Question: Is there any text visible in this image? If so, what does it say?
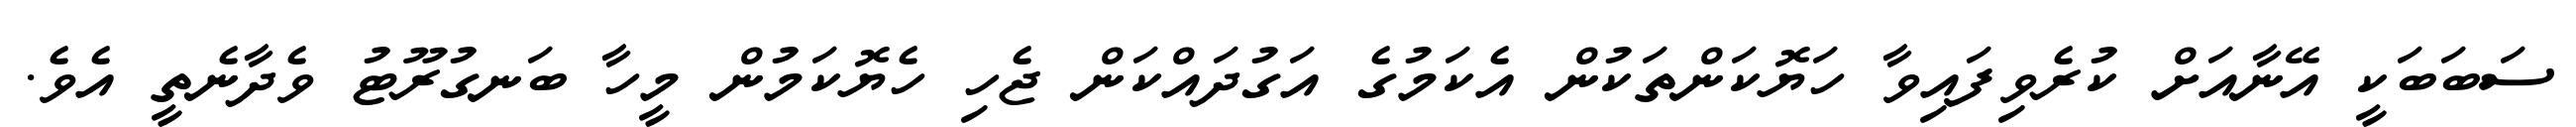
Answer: ސަބަބަކީ އޭނާއަށް ކުރެވިފައިވާ ހަޔޮކަންތަކުން އެކަމުގެ އަގުދައްކަން ޖެހި ހެޔޮކަމުން މީހާ ބަނގުރޫޓު ވެދާނެތީ އެވެ.